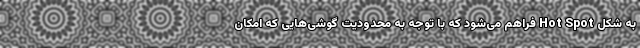
به شکل Hot Spot فراهم می‌شود که با توجه به محدودیت گوشی‌هایی که امکان